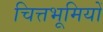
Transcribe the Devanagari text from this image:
चित्तभूमियों